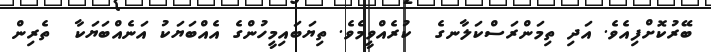
ބޭރުކޮށްފިއެވެ. އަދި ތިމަންރަސްކަލާނގެ  ކުރެއްވީމެވެ. ތިޔަބައިމީހުންގެ އެއްބަޔަކު އަނެއްބަޔަކާ  ތެރިން